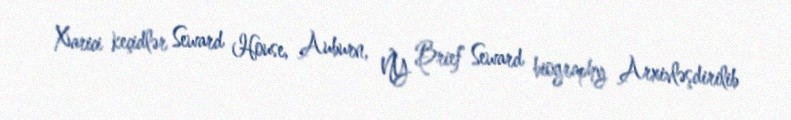
Xarici keçidlər Seward House, Auburn, NY Brief Seward biography Arxivləşdirilib